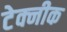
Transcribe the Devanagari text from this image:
टेक्नीक